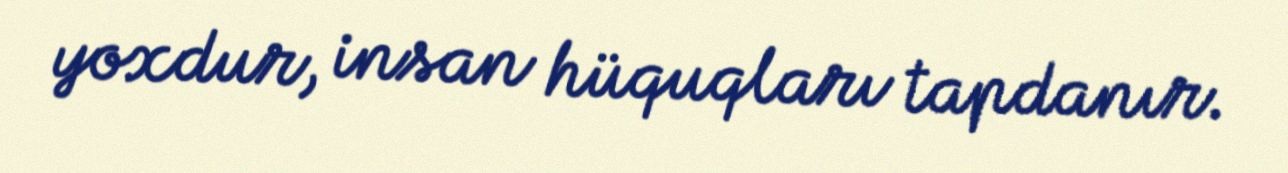
yoxdur, insan hüquqları tapdanır.